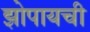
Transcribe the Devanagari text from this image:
झोपायची